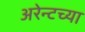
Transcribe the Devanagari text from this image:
अरेन्टच्या